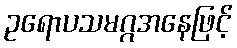
ဥရောပသမဂ္ဂအနေဖြင့်